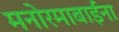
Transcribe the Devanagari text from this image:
मनोरमाबाईंना